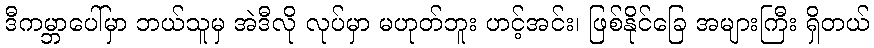
ဒီကမ္ဘာပေါ်မှာ ဘယ်သူမှ အဲဒီလို လုပ်မှာ မဟုတ်ဘူး ဟင့်အင်း၊ ဖြစ်နိုင်ခြေ အများကြီး ရှိတယ်